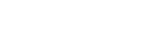
သက္ကာယဒိဋ္ဌိသုတ္တံ